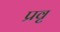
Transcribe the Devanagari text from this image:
प्रवृ